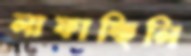
লাফাচ্ছিলি